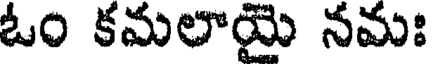
ఓం కమలాయై నమః